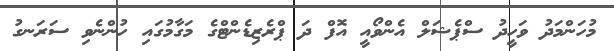
މުހަންމަދު ވަހީދު ސްޕެޝަލް އެންވޯއީ އޮފް ދަ ޕްރެޒިޑެންޓްގެ މަގާމުގައި ހުންނެވި ސަރަނގު